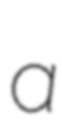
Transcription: a